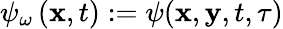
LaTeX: \psi_{\omega}\left(\mathbf{x},t\right):=\psi(\mathbf{x},\mathbf{y},t,\tau)